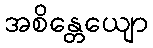
အစိန္တေယျော